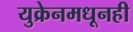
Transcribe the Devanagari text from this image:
युक्रेनमधूनही